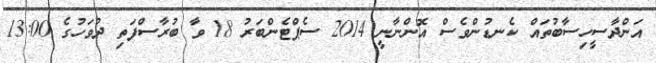
އަންދާސީހިސާބުތައް ކެނޑުންވެސް އޮންނާނީ 2014 ސެޕްޓެންބަރު 18 ވާ ބުރާސްފަތި ދުވަހުގެ 13:00